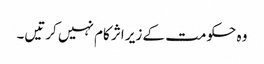
وہ حکومت کے زیر اثر کام نہیں کرتیں۔